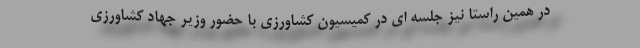
در همین راستا نیز جلسه ای در کمیسیون کشاورزی با حضور وزیر جهاد کشاورزی